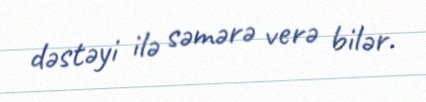
dəstəyi ilə səmərə verə bilər.